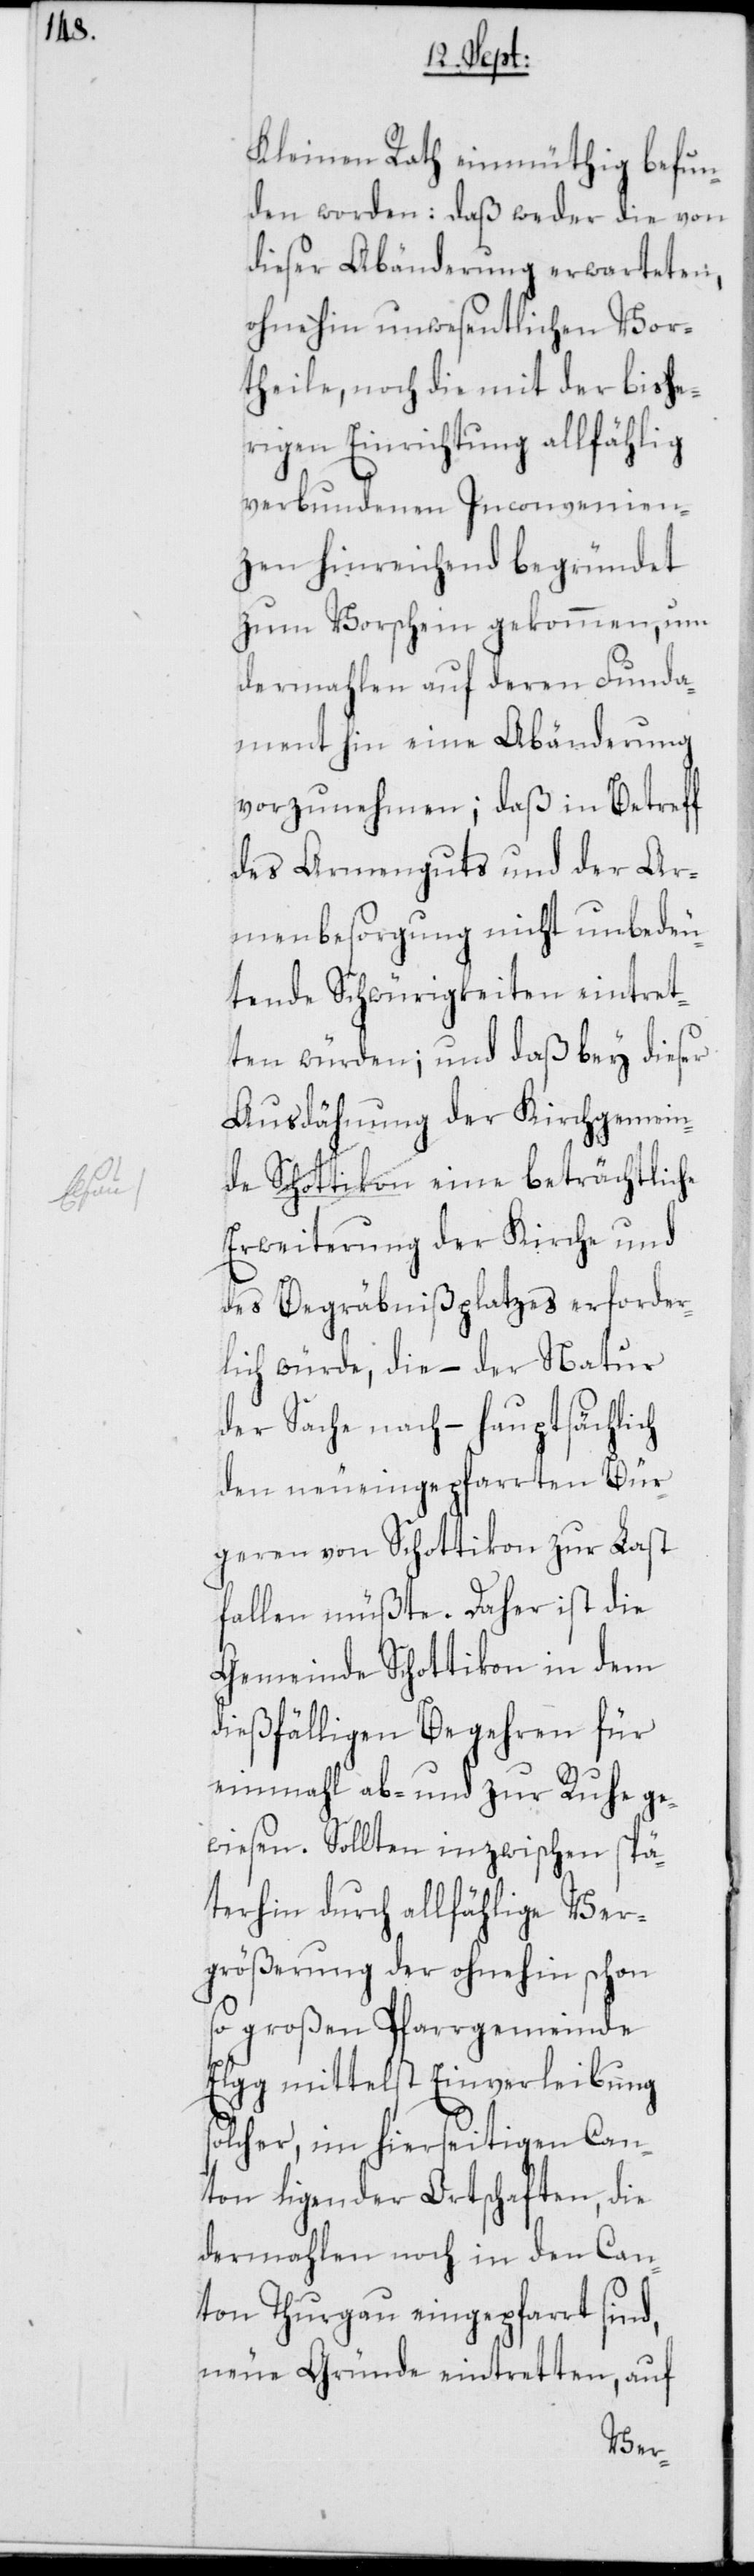
Befun¬

den worden: Daß weder die von
dieser Abänderung erwarteten,
ohnehin unwesentlichen Vor¬
theile, noch die mit der bishe¬
rigen Einrichtung allfählig
verbundenen Inconvenien¬
zen hinreichend begründet
zum Vorschein gekommen, um
dermahlen auf deren Funda¬
ment hin eine Abänderung
vorzunehmen; daß in Betreff
des Armenguts und der Ar¬
menbesorgung nicht unbedeu¬
tende Schwürigkeiten eintret¬
ten würden; und daß bey dieser
Ausdähnung der Kirchgemeinde
Erweiterung der Kirche und
des Begräbnißplatzes erforder¬
lich würde, die – der Natur
der Sache nach – hauptsächlich
den neueingepfarrten Bür¬
geren von Schottikon zur Last
fallen müßte. Daher ist die
Gemeinde Schottikon in dem
dießfälligen Begehren für
einmahl ab- und zur Ruhe ge¬
wiesen. Sollten inzwischen spä¬
terhin durch allfählige Ver¬
größerung der ohnehin schon
so großen Pfarrgemeinde
Elgg mittelst Einverleibung
solcher, im hierseitigen Can¬
ton ligender Ortschaften, die
dermahlen noch in den Can¬
ton Thurgau eingepfarrt sind,
neue Gründe eintretten, auf